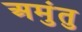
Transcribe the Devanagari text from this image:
अमुंतु